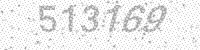
Solution: 513169